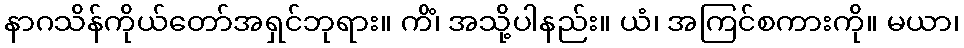
နာဂသိန်ကိုယ်တော်အရှင်ဘုရား။ ကိံ၊ အသို့ပါနည်း။ ယံ၊ အကြင်စကားကို။ မယာ၊